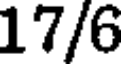
17/6